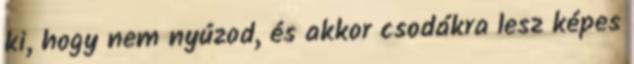
ki, hogy nem nyúzod, és akkor csodákra lesz képes